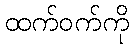
ထက်ဝက်ကို